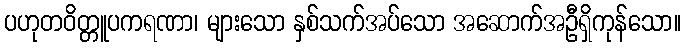
ပဟုတဝိတ္တူပကရဏာ၊ များသော နှစ်သက်အပ်သော အဆောက်အဦရှိကုန်သော။